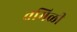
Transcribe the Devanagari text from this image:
तमिळी